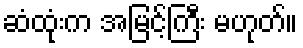
ဆံထုံးက အမြင့်ကြီး မဟုတ်။